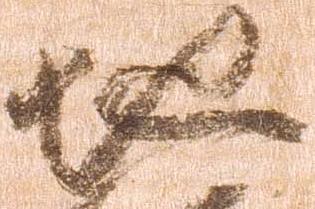
地